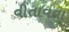
વીતાવવા